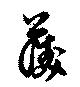
護